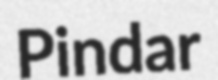
Pindar